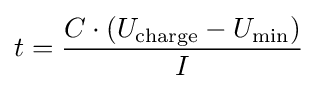
t={\frac {C\cdot (U_{\text{charge}}-U_{\text{min}})}{I}}